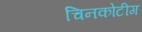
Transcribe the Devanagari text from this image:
चिनकोटीग